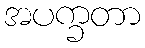
အပက္ခတာ